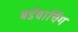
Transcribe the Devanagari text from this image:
बर्डवाचिंग